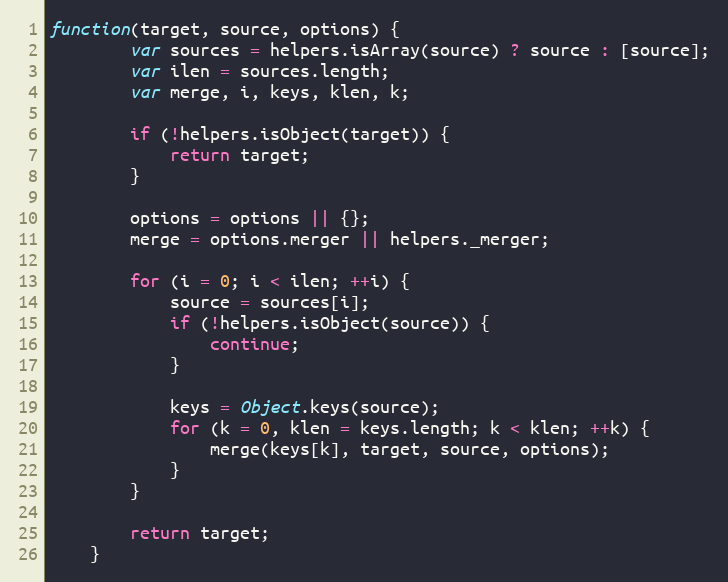
Language: JavaScript
function(target, source, options) {
		var sources = helpers.isArray(source) ? source : [source];
		var ilen = sources.length;
		var merge, i, keys, klen, k;

		if (!helpers.isObject(target)) {
			return target;
		}

		options = options || {};
		merge = options.merger || helpers._merger;

		for (i = 0; i < ilen; ++i) {
			source = sources[i];
			if (!helpers.isObject(source)) {
				continue;
			}

			keys = Object.keys(source);
			for (k = 0, klen = keys.length; k < klen; ++k) {
				merge(keys[k], target, source, options);
			}
		}

		return target;
	}